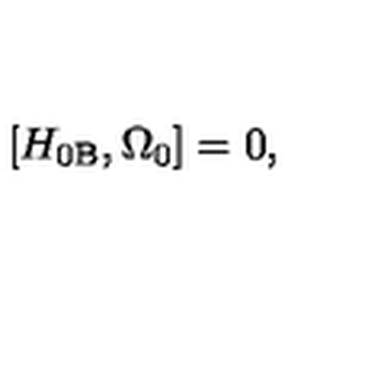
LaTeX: \left[ H _ { 0 \mathrm { B } } , \Omega _ { 0 } \right] = 0 ,